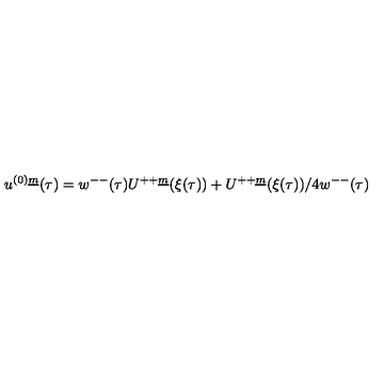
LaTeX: u ^ { ( 0 ) \underline { { m } } } ( \tau ) = w ^ { -- } ( \tau ) U ^ { + + \underline { { m } } } ( \xi ( \tau ) ) + U ^ { + + \underline { { m } } } ( \xi ( \tau ) ) / 4 w ^ { -- } ( \tau )